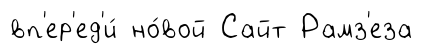
вп'ер'ед'и́ но́вой Сайт Рамз'еза